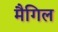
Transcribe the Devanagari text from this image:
मैगिल